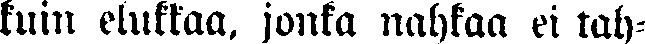
kuin elukkaa, jonka nahkaa ei tah-